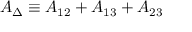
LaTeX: A _ { \Delta } \equiv A _ { 1 2 } + A _ { 1 3 } + A _ { 2 3 }